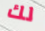
لك